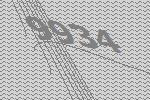
9934